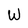
Character: W